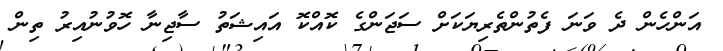
އަންހެން ދެ ވަނަ ފެތުންތެރިޔަކަށް ސަޖަންގެ ކޮއްކޮ އައިޝަތު ސާޖިނާ ހޮވުނުއިރު ތިން